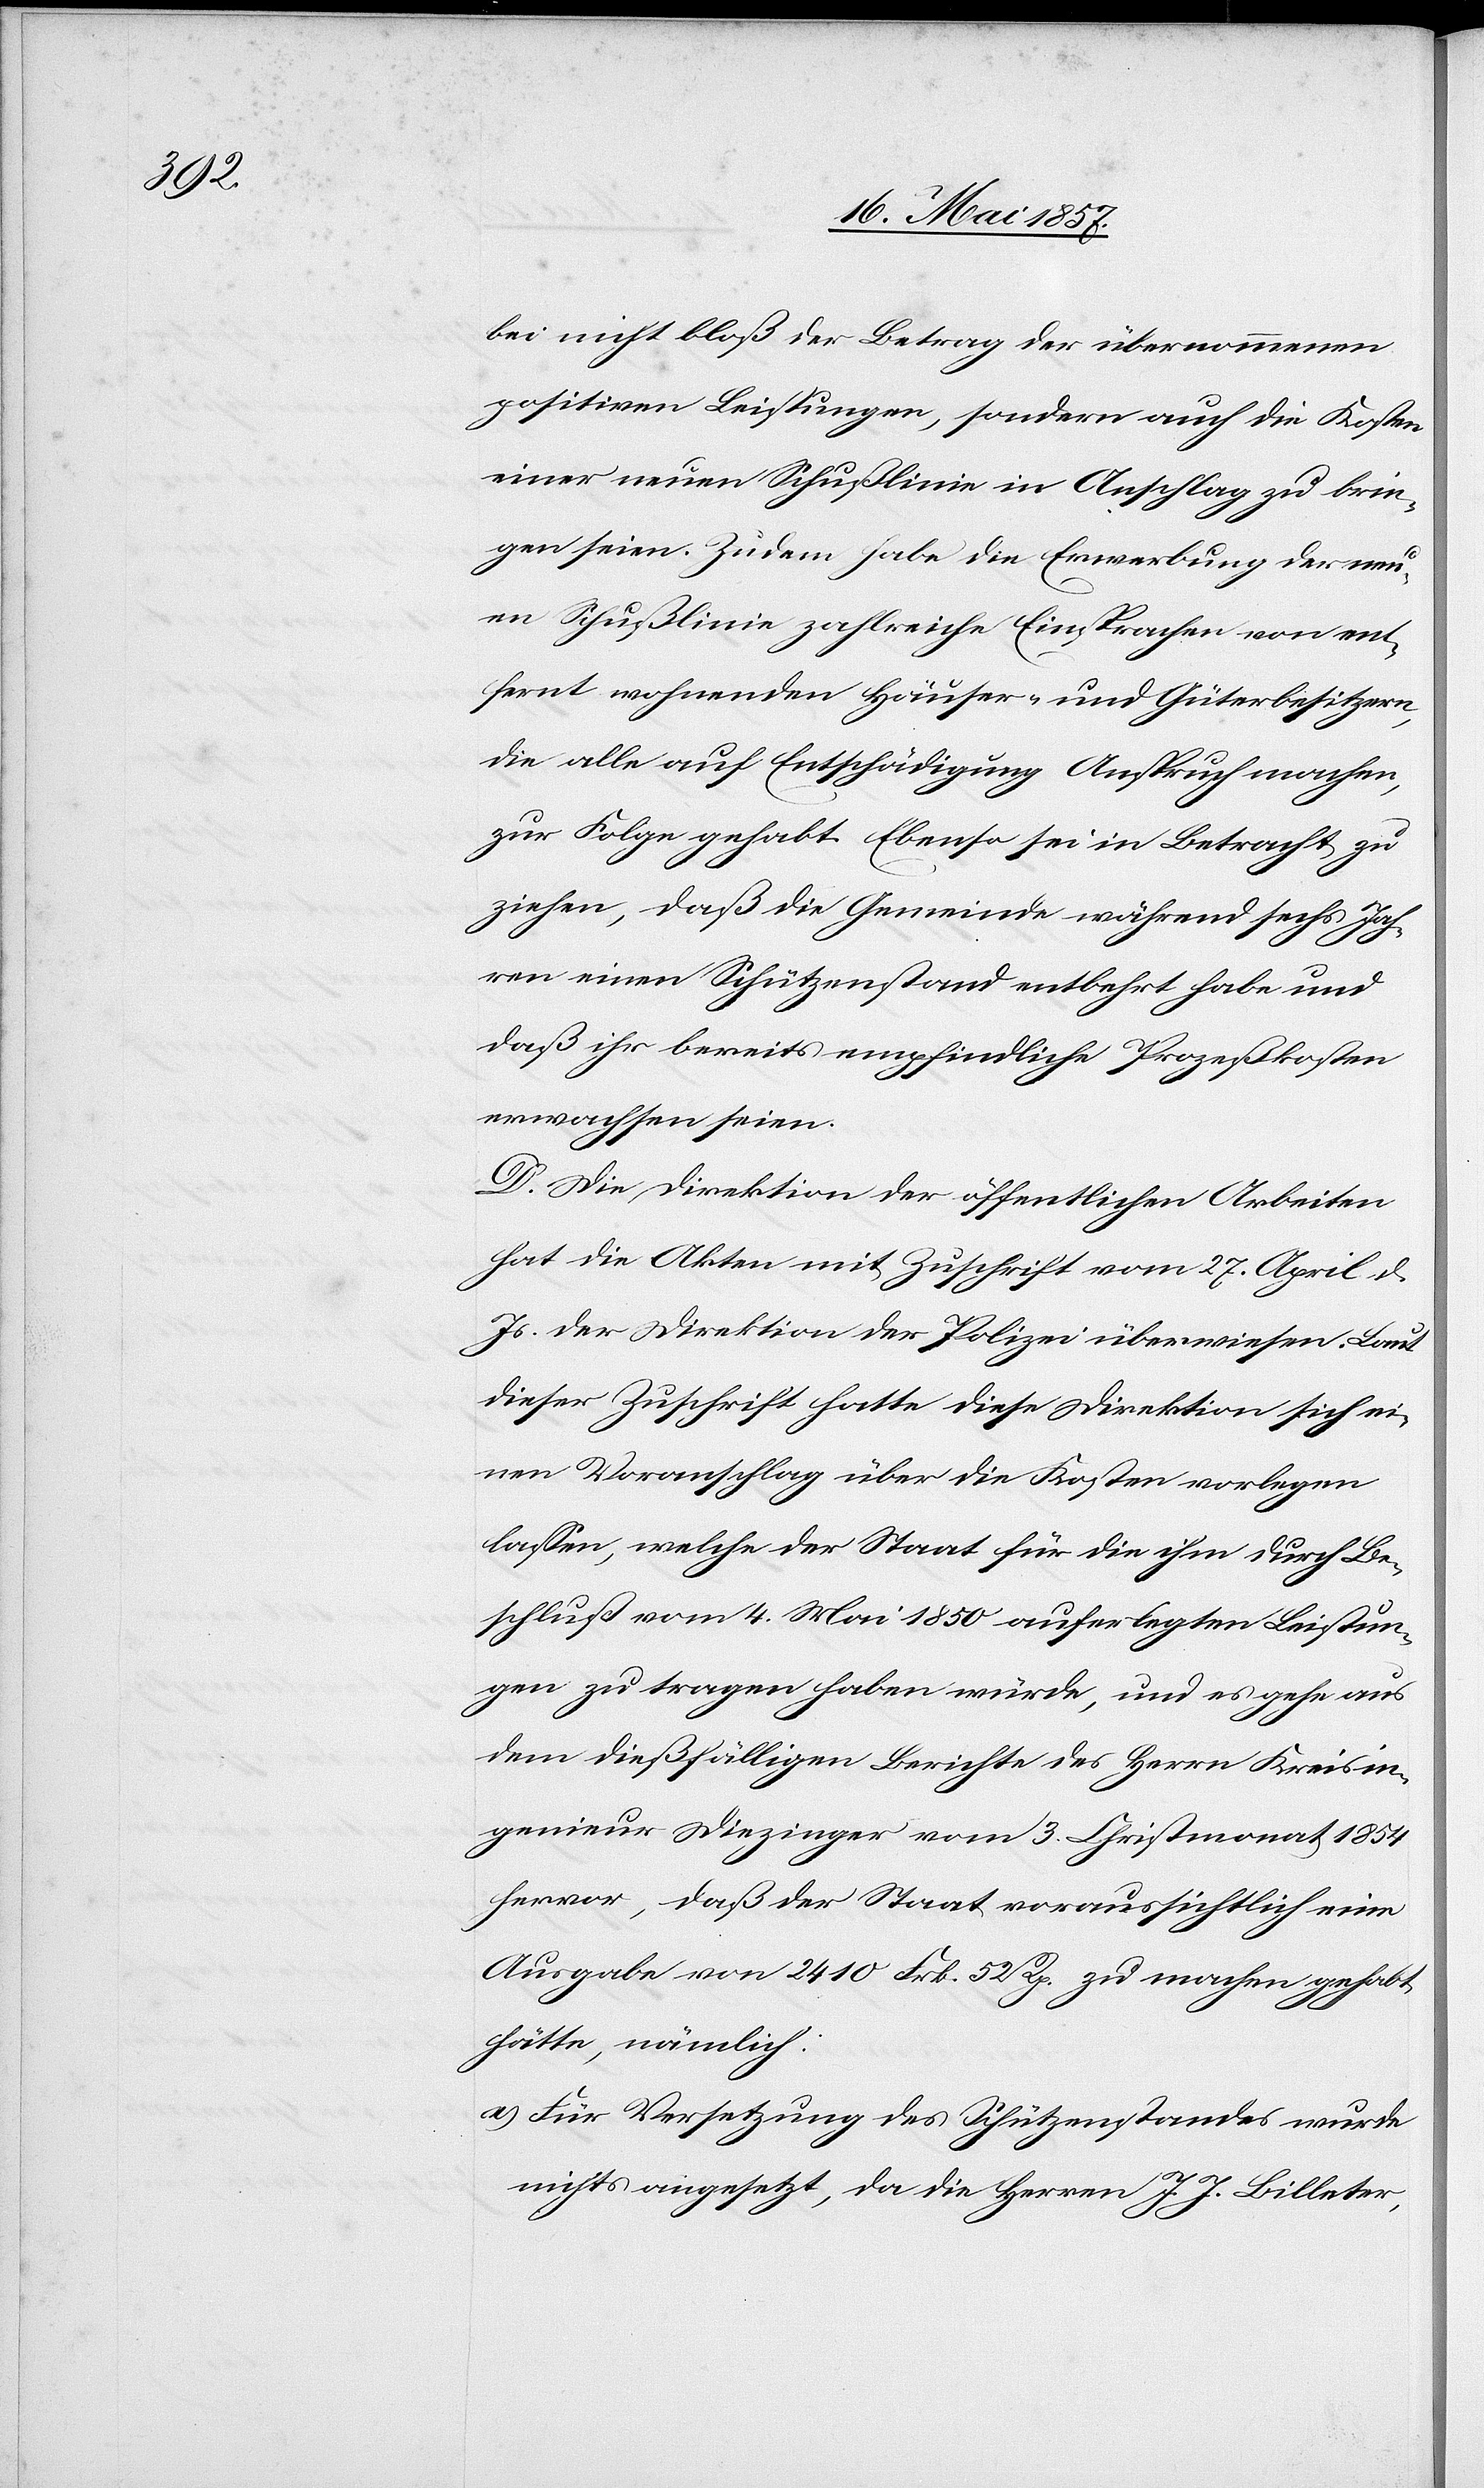
bei nicht bloß der Betrag der übernommenen
positiven Leistungen, sondern auch die Kosten
einer neuen Schußlinie in Anschlag zu brin¬
gen seien. Zudem habe die Erwerbung der neu¬
en Schußlinie zahlreiche Einsprachen von ent¬
fernt wohnenden Häuser- und Güterbesitzern,
die alle auf Entschädigung Anspruch machen,
zur Folge gehabt. Ebenso sei in Betracht zu
ziehen, daß die Gemeinde während sechs Jah¬
ren einen Schützenstand entbehrt habe und
daß ihr bereits empfindliche Prozeßkosten
erwachsen seien.
D. Die Direktion der öffentlichen Arbeiten
hat die Akten mit Zuschrift vom 27 April d.
Js. der Direktion der Polizei überwiesen. Laut
dieser Zuschrift hatte diese Direktion sich ei¬
nen Voranschlag über die Kosten vorlegen
lassen, welche der Staat für die ihm durch Be¬
schluß vom 4 Mai 1850 auferlegten Leistun¬
gen zu tragen haben würde, und es gehe aus
dem dießfälligen Berichte des Herrn Kreisin¬
genieur Diezinger vom 3 Christmonat 1854
hervor, daß der Staat voraussichtlich eine
Ausgabe von 2410 Frk. 52 Rp. zu machen gehabt
hätte, nämlich:
a) Für Versetzung des Schützenstandes wurde
nichts angesetzt, da die Herren J. J. Billeter,